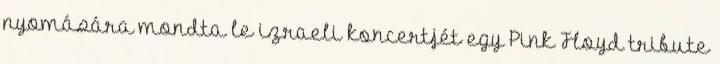
nyomására mondta le izraeli koncertjét egy Pink Floyd tribute